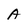
Character: A